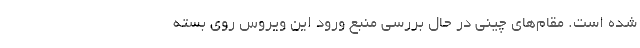
شده است. مقام‌های چینی در حال بررسی منبع ورود این ویروس روی بسته